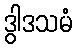
ဒွါဒသမံ